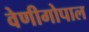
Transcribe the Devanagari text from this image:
वेणीगोपाल